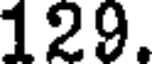
129.